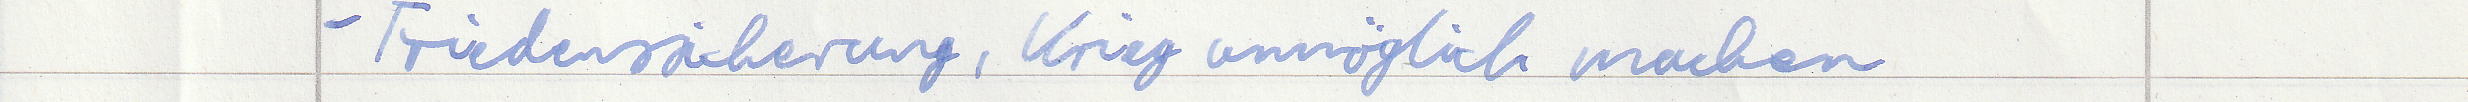
- Friedenssicherung, Krieg unmöglich machen